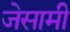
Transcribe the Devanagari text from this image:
जेसामी